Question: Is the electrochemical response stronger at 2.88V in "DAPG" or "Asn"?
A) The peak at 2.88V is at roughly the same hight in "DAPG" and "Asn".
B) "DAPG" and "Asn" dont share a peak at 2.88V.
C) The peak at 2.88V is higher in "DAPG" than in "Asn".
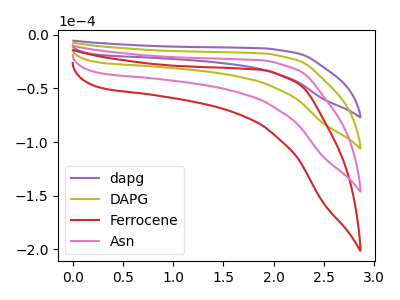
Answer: <think>The purple curve "dapg" has no peaks. The olive curve "DAPG" has no peaks. The red curve "Ferrocene" has no peaks. The pink curve "Asn" has no peaks.</think>
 <answer>B) "DAPG" and "Asn" dont share a peak at 2.88V.</answer>
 <eval>B</eval>